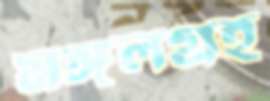
মঙ্গলগ্রহ